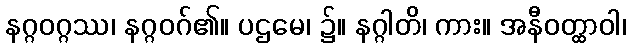
နဂ္ဂဝဂ္ဂဿ၊ နဂ္ဂဝဂ်၏။ ပဌမေ၊ ၌။ နဂ္ဂါတိ၊ ကား။ အနီဝတ္ထာဝါ၊